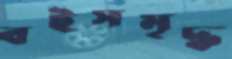
বইসমৃদ্ধ